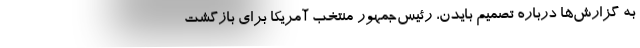
به گزارش‌ها درباره تصمیم بایدن، رئیس‌جمهور منتخب آمریکا برای بازگشت